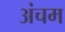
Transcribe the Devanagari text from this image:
अंचम